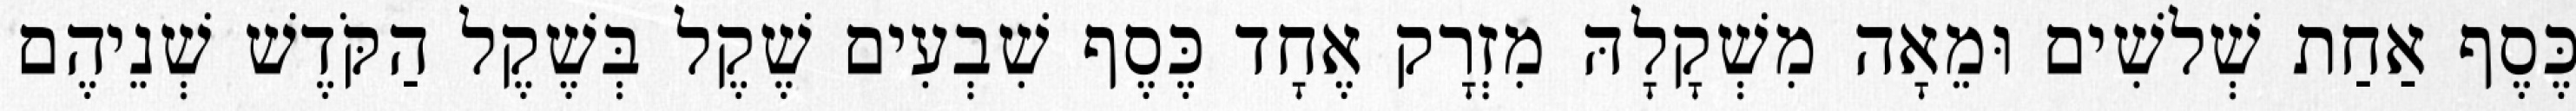
כֶּסֶף אַחַת שְׁלשִׁים וּמֵאָה מִשְׁקָלָהּ מִזְרָק אֶחָד כֶּסֶף שִׁבְעִים שֶׁקֶל בְּשֶׁקֶל הַקֹּדֶשׁ שְׁנֵיהֶם